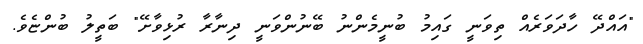
"އައްދޭ ހާދަވަރެއް ތިވަނީ ގައިމު ބުނީމެންނު ބޭނުންވަނީ ދިނާރާ ރުޅިވާށޭ" ބަތީލު ބުންޏެވެ.